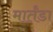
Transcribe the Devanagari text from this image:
मार्तंडा